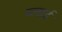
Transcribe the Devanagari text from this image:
ब्लाई